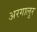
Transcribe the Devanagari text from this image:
अरगालुर